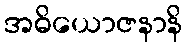
အဓိယောဇနာနိ